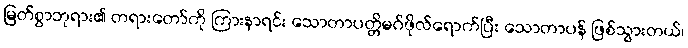
မြတ်စွာဘုရား၏ တရားတော်ကို ကြားနာရင်း သောတာပတ္တိမဂ်ဖိုလ်ရောက်ပြီး သောတာပန် ဖြစ်သွားတယ်၊